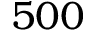
5 0 0